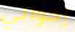
إخواني